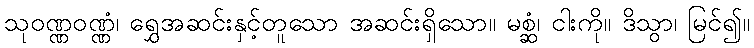
သုဝဏ္ဏဝဏ္ဏံ၊ ရွှေအဆင်းနှင့်တူသော အဆင်းရှိသော။ မစ္ဆံ၊ ငါးကို။ ဒိသွာ၊ မြင်၍။